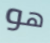
هو